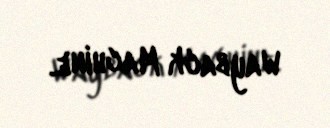
Wayback Machine.